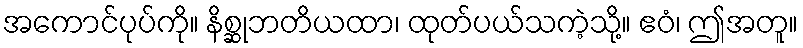
အကောင်ပုပ်ကို။ နိစ္ဆုဘတိယထာ၊ ထုတ်ပယ်သကဲ့သို့။ ဧဝံ၊ ဤအတူ။